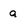
Character: a